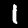
Digit: 1